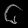
Digit: ၆